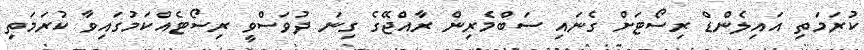
ކުރަމަތި އައިލެންޑް ރިސޯޓަށް ގެނައި ސަބްމެރިން ރާއްޖޭގެ ގިނަ ދުވަސްވީ ރިސޯޓެއްކަމުގައިވާ ކުރަމަތި